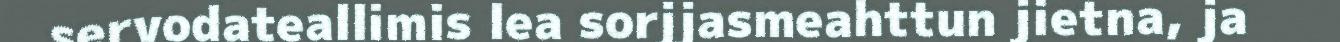
servodateallimis lea sorjjasmeahttun jietna, ja